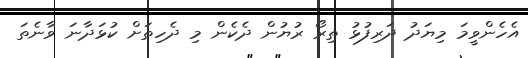
އެހެންވީމަ މިޔަދު ދަރިފުޅު ތިރޯ ރުޔުން ދެކެން މި ދެހިތަށް ކުޅަދާނަ ވާނެތަ